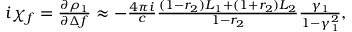
\begin{array} { r } { i \chi _ { f } = \frac { \partial \rho _ { 1 } } { \partial \Delta f } \approx - \frac { 4 \pi i } { c } \frac { ( 1 - r _ { 2 } ) L _ { 1 } + ( 1 + r _ { 2 } ) L _ { 2 } } { 1 - r _ { 2 } } \frac { \gamma _ { 1 } } { 1 - \gamma _ { 1 } ^ { 2 } } , } \end{array}